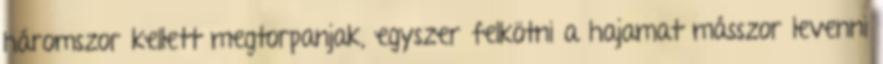
háromszor kellett megtorpanjak, egyszer felkötni a hajamat másszor levenni